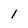
Character: l